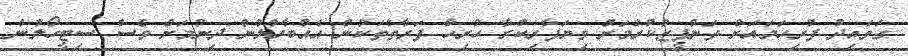
ގަވައިދު ފުރިހަމައަށް ތަންފީޒުކުރުމަށް ވިޔަފާރިކުރާ ހުރިހާ ފަރާތްތަކުން އެއްބާރުލުން ދިނުމަށް ވެސް ސިޓީހޯލުން